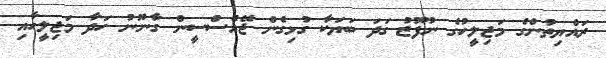
ރައްޔިތުންގެ މަޖިލީހުގެ ނުފޫޒު ގަދަ ބަޔަކާ ގުޅިގެން ޖޭއެސްސީން ގާނޫނު ހަދާ މަޖިލީހާއި